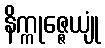
နိက္ကုဇ္ဇေယျုံ